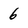
Character: 6